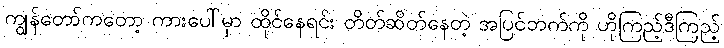
ကျွန်တော်ကတော့ ကားပေါ်မှာ ထိုင်နေရင်း တိတ်ဆိတ်နေတဲ့ အပြင်ဘက်ကို ဟိုကြည့်ဒီကြည့်